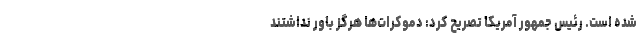
شده است. رئیس جمهور آمریکا تصریح کرد: دموکرات‌ها هرگز باور نداشتند